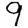
Digit: 9